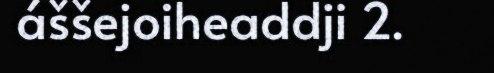
áššejoiheaddji 2.